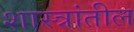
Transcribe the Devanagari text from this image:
शास्त्रांतील